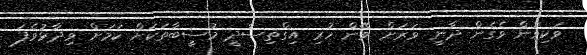
ވަކިވުން ވެގެން ދާނީ ވަރަށް ވޭން ހުރި އިގްތިސާދީ މުސީބާތަކަށް ކަމަށް ވިދާޅުވެފަ